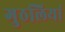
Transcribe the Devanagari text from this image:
गुठलियां